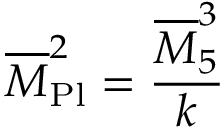
\overline { { M } } _ { \mathrm { P l } } ^ { 2 } = { \frac { \overline { { M } } _ { 5 } ^ { 3 } } { k } } \,